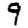
Digit: 9